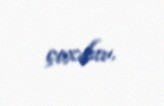
çoxdur.